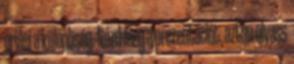
óriási a különbség. Nézd meg a prezentációt, aztán olvass